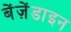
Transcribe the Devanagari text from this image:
बेंज़ेंडाइन